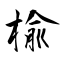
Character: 楡